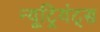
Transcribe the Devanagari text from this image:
न्यूट्रियंट्स